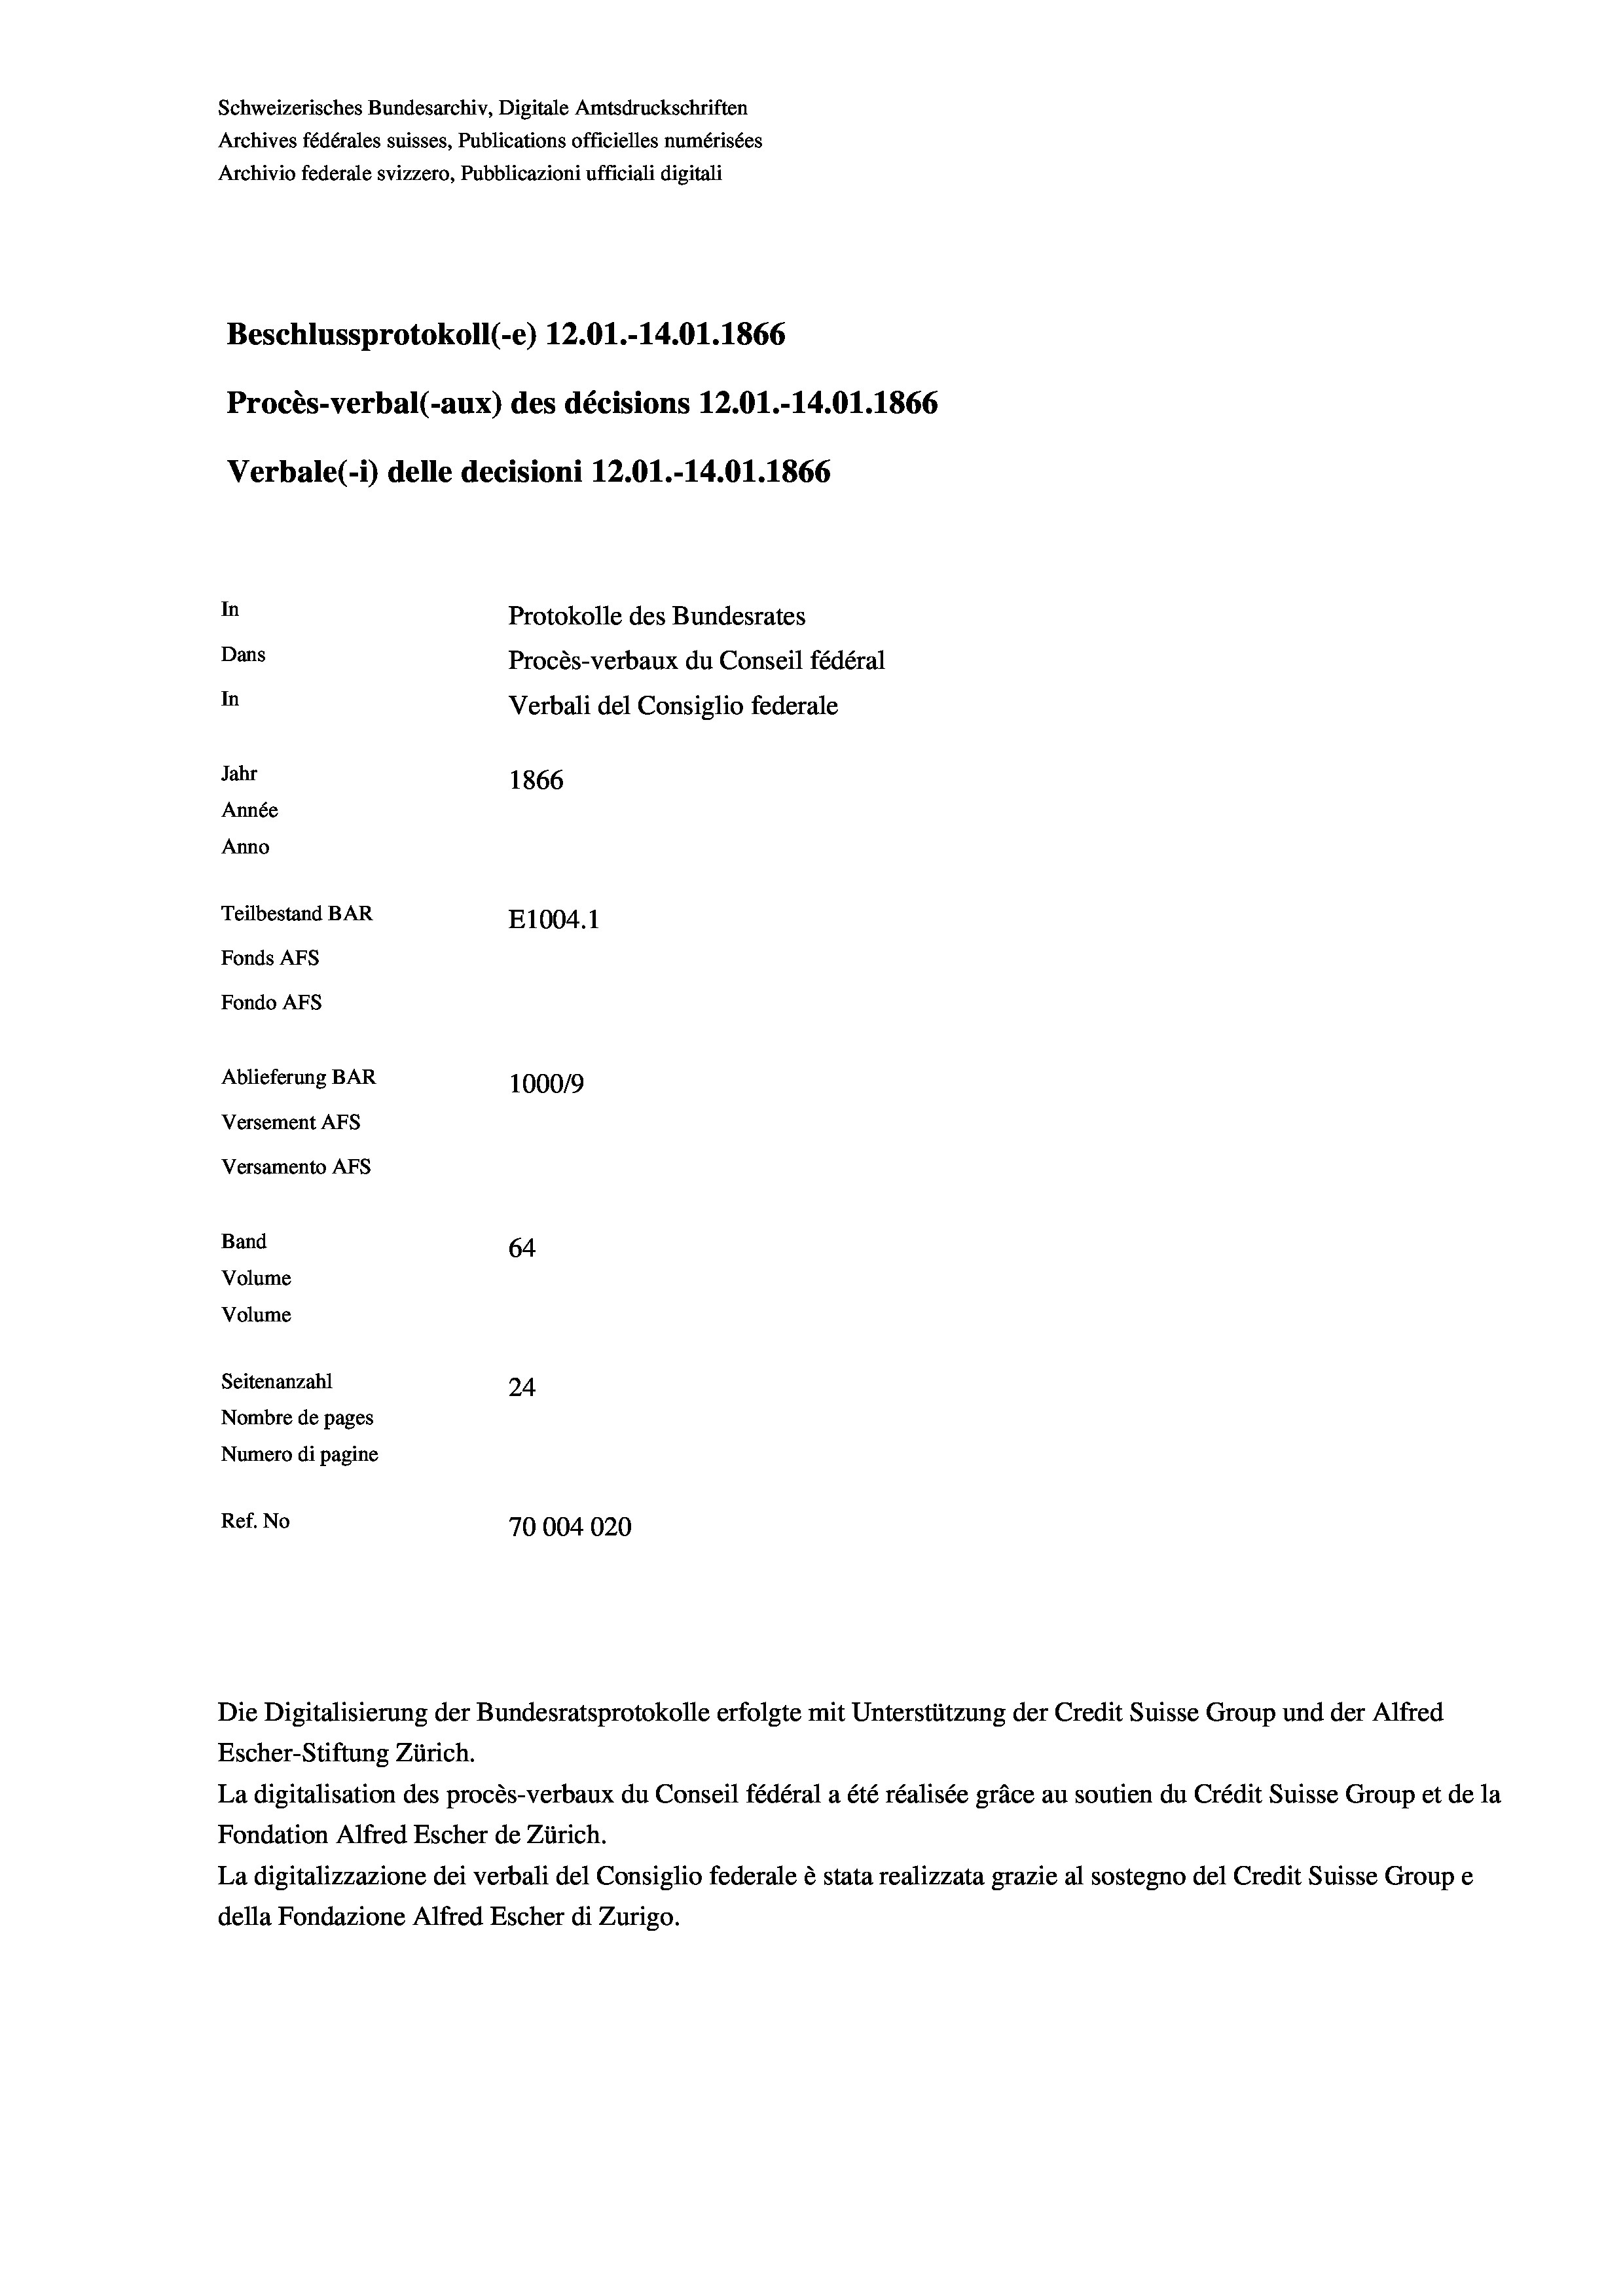
Schweizerisches Bundesarchiv, Digitale Amtsdruckschriften
Archives fédérales suisses, Publications officielles numérisées
Archivio federale svizzero, Pubblicazioni ufficiali digitali
Beschlussprotokoll (-e) 12.01.-14.01. 1866
Procès-verbal (-aux) des décisions 12.01.-14.01. 1866
Verbale (i) delle decisioni 12.01.-14.01. 1866
In
Protokolle des Bundesrates
Dans
Procès-verbaux du Conseil fédéral
In
Verbali del Consiglio federale
Jahr
1866
Année
Anno
Teilbestand BAR
E1004. 1
Fonds AFs
Fondo Afs
Ablieferung BAR
100019
Versement AFs
Versamento AFS

64
Seitenanzahl
24
Nombre de pages
Numero di pagine
Ref. No
70004020

Volume

Band
Volume

Escher-Stiftung Zürich.
La digitalisation des procès-verbaux du Conseil fédéral a été réalisée gräce au soutien du Crédit Suisse Group et de la
Fondation Alfred Escher de Zürich.
La digitalizzazione dei verbali del Consiglio federale è stata realizzata grazie al sostegno del Credit Suisse Groupe
della Fondazione Alfred Escher di Zurigo.

Die Digitalisierung der Bundesratsprotokolle erfolgte mit Unterstützung der Credit Suisse Group und der Alfred